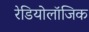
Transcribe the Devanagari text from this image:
रेडियोलॉजिक